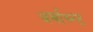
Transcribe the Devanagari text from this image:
अर्बाथ्न्ट